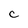
Character: C